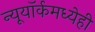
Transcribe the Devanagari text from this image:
न्यूयॉर्कमध्येही